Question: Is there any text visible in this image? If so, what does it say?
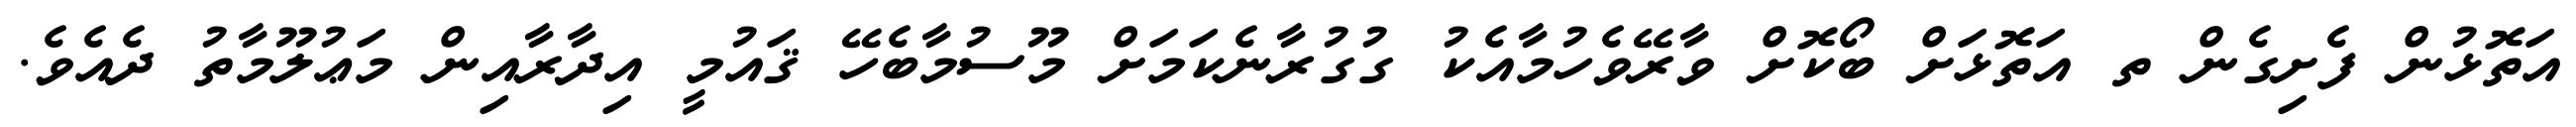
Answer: އަތޮޅުން ފެށިގެން ތ އަތޮޅަށް ބޯކޮށް ވާރޭވެހުމާއެކު ގުގުރާނެކަމަށް މޫސުމާބެހޭ ޤައުމީ އިދާރާއިން މަޢުލޫމާތު ދެއެވެ.